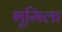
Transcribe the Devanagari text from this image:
भूमिला